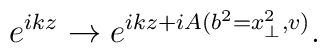
e^{ikz} \rightarrow e^{ikz +iA(b^{2}=x^{2}_{\perp},v)}.